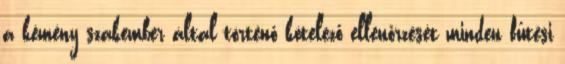
a kémény szakember által történő kötelező ellenőrzését minden fűtési